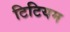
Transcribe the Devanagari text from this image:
टिटियम